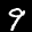
Label: 9